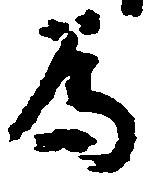
為